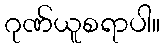
ဂုဏ်ယူစရာပါ။